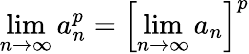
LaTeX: \operatorname*{lim}_{n\to\infty}a_{n}^{p}=\left[\operatorname*{lim}_{n\to\infty}a_{n}\right]^{p}